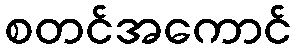
စတင်အကောင်